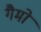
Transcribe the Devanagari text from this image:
गैमो